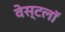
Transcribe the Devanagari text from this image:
वेस्टलॉ